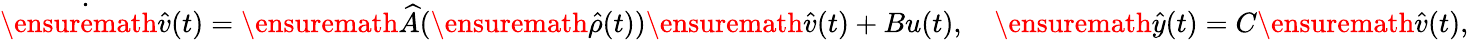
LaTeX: \dot{\ensuremath{\hat{v}}}(t)=\ensuremath{\widehat{A}}(\ensuremath{\hat{\rho}}(t))\ensuremath{\hat{v}}(t)+Bu(t),\quad\ensuremath{\hat{y}}(t)=C\ensuremath{\hat{v}}(t),